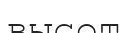
высот